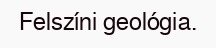
Felszíni geológia.